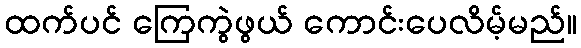
ထက်ပင် ကြေကွဲဖွယ် ကောင်းပေလိမ့်မည်။